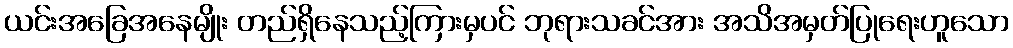
ယင်းအခြေအနေမျိုး တည်ရှိနေသည့်ကြားမှပင် ဘုရားသခင်အား အသိအမှတ်ပြုရေးဟူသော